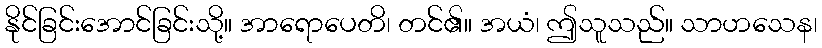
နိုင်ခြင်းအောင်ခြင်းသို့။ အာရောပေတိ၊ တင်၏။ အယံ၊ ဤသူသည်။ သာဟသေန၊